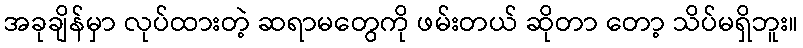
အခုချိန်မှာ လုပ်ထားတဲ့ ဆရာမတွေကို ဖမ်းတယ် ဆိုတာ တော့ သိပ်မရှိဘူး။